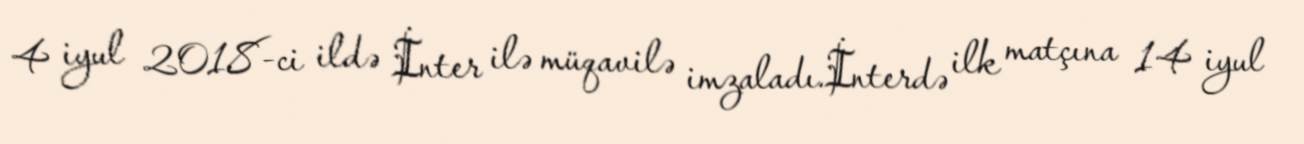
4 iyul 2018-ci ildə İnter ilə müqavilə imzaladı.İnterdə ilk matçına 14 iyul